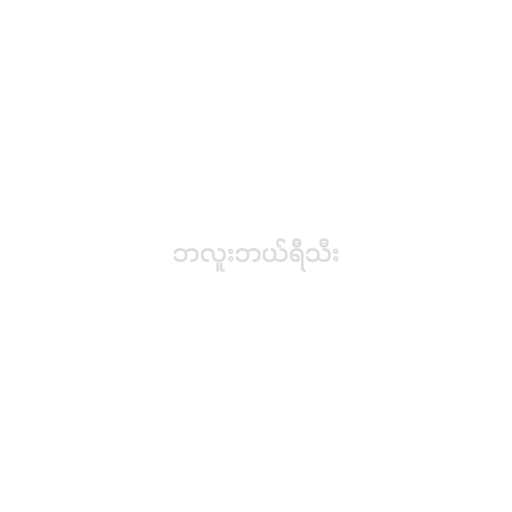
ဘလူးဘယ်ရီသီး